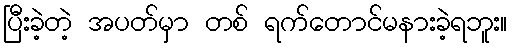
ပြီးခဲ့တဲ့ အပတ်မှာ တစ် ရက်တောင်မနားခဲ့ရဘူး။